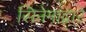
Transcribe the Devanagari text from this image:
सिनेमांद्वारे